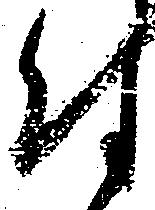
付